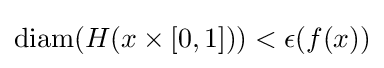
\mathrm {diam} (H(x\times [0,1]))<\epsilon (f(x))